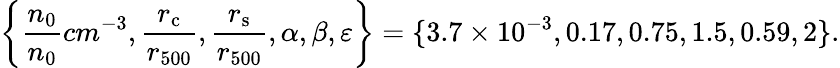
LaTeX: \left\{ \frac{n_{0}}{n_{0}}{cm^{-3}},\frac{r_{\mathrm{c}}}{r_{500}},\frac{r_{\mathrm{s}}}{r_{500}},\alpha,\beta,\varepsilon\right\} =\{ 3.7\times 10^{-3},0.17,0.75,1.5,0.59,2\} .